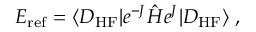
E _ { \mathrm { r e f } } = \langle D _ { \mathrm { H F } } | e ^ { - J } \hat { H } e ^ { J } | D _ { \mathrm { H F } } \rangle \; ,